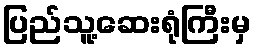
ပြည်သူ့ဆေးရုံကြီးမှ